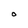
Character: O